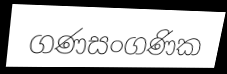
ගණසංගණික